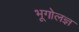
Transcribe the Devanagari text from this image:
भूगोलज्ञ